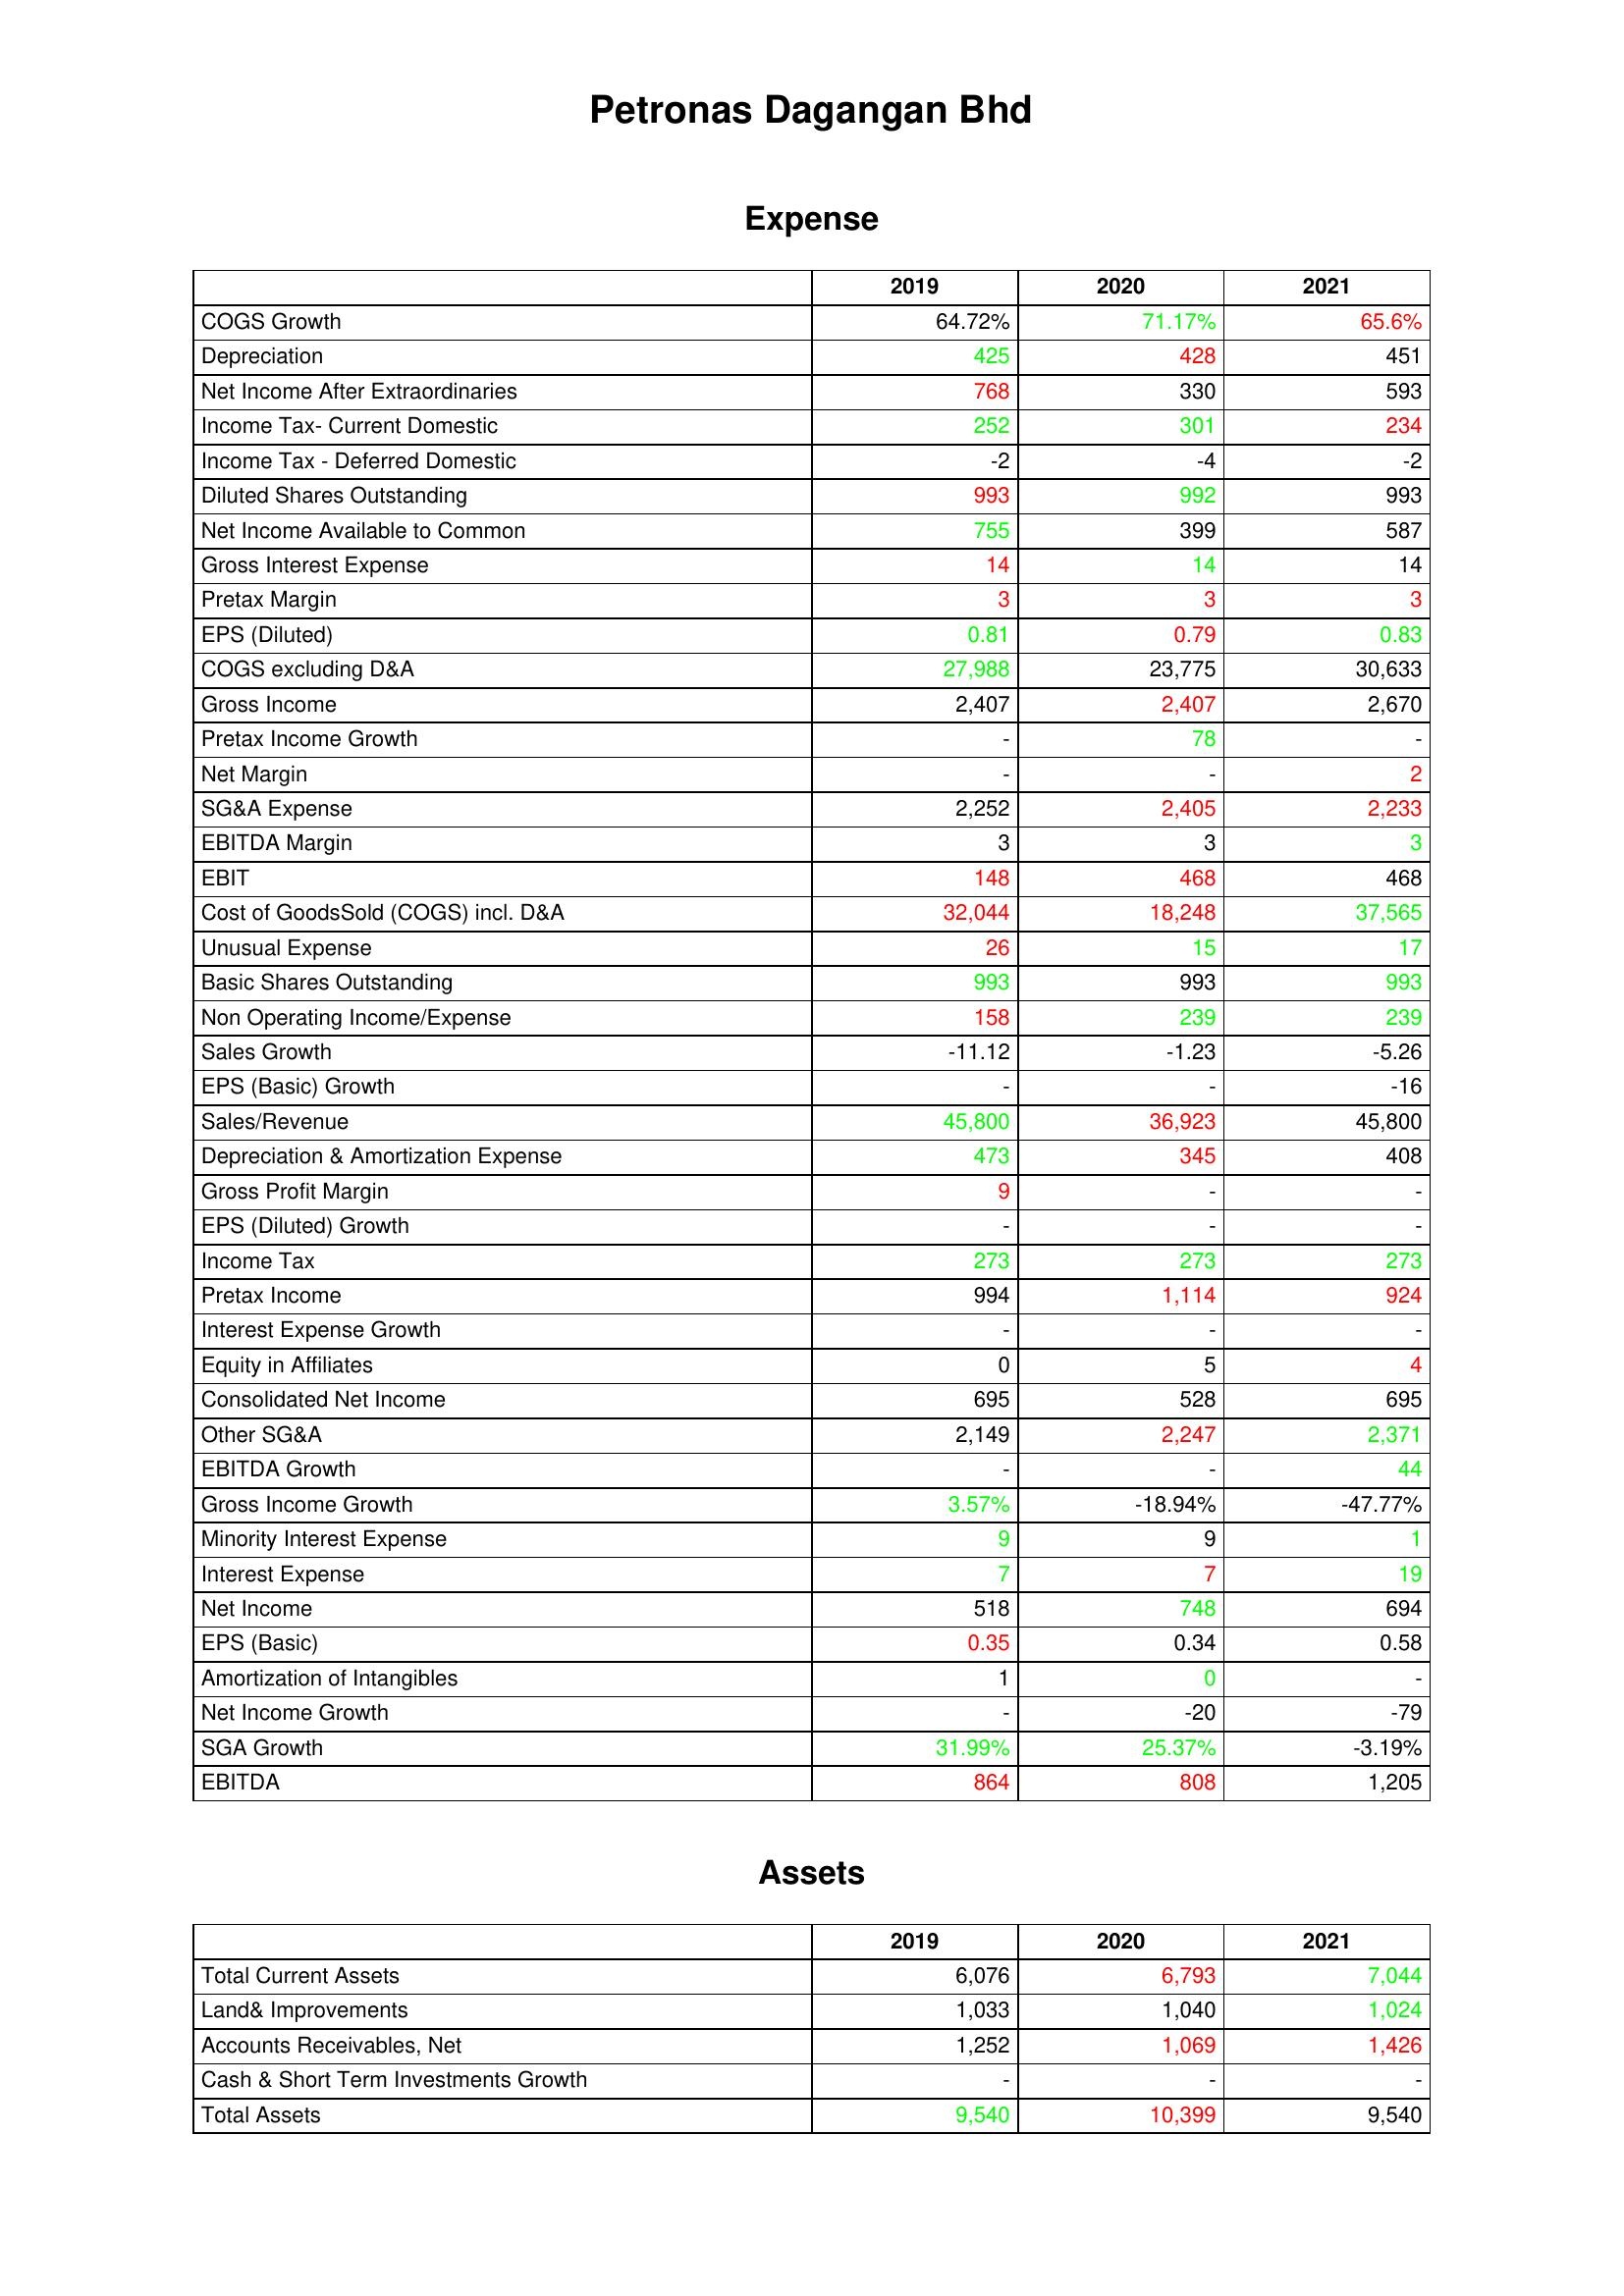
gt_parse: 2019: Expense: COGS Growth: 64.72%
Depreciation: 425
Net Income After Extraordinaries: 768
Income Tax- Current Domestic: 252
Income Tax - Deferred Domestic: -2
Diluted Shares Outstanding: 993
Net Income Available to Common: 755
Gross Interest Expense: 14
Pretax Margin: 3
EPS (Diluted): 0.81
COGS excluding D&A: 27,988
Gross Income: 2,407
Pretax Income Growth: -
Net Margin: -
SG&A Expense: 2,252
EBITDA Margin: 3
EBIT: 148
Cost of GoodsSold (COGS) incl. D&A: 32,044
Unusual Expense: 26
Basic Shares Outstanding: 993
Non Operating Income/Expense: 158
Sales Growth: -11.12
EPS (Basic) Growth: -
Sales/Revenue: 45,800
Depreciation & Amortization Expense: 473
Gross Profit Margin: 9
EPS (Diluted) Growth: -
Income Tax: 273
Pretax Income: 994
Interest Expense Growth: -
Equity in Affiliates: 0
Consolidated Net Income: 695
Other SG&A: 2,149
EBITDA Growth: -
Gross Income Growth: 3.57%
Minority Interest Expense: 9
Interest Expense: 7
Net Income: 518
EPS (Basic): 0.35
Amortization of Intangibles: 1
Net Income Growth: -
SGA Growth: 31.99%
EBITDA: 864
Assets: Total Current Assets: 6,076
Land& Improvements: 1,033
Accounts Receivables, Net: 1,252
Cash & Short Term Investments Growth: -
Total Assets: 9,540
2020: Expense: COGS Growth: 71.17%
Depreciation: 428
Net Income After Extraordinaries: 330
Income Tax- Current Domestic: 301
Income Tax - Deferred Domestic: -4
Diluted Shares Outstanding: 992
Net Income Available to Common: 399
Gross Interest Expense: 14
Pretax Margin: 3
EPS (Diluted): 0.79
COGS excluding D&A: 23,775
Gross Income: 2,407
Pretax Income Growth: 78
Net Margin: -
SG&A Expense: 2,405
EBITDA Margin: 3
EBIT: 468
Cost of GoodsSold (COGS) incl. D&A: 18,248
Unusual Expense: 15
Basic Shares Outstanding: 993
Non Operating Income/Expense: 239
Sales Growth: -1.23
EPS (Basic) Growth: -
Sales/Revenue: 36,923
Depreciation & Amortization Expense: 345
Gross Profit Margin: -
EPS (Diluted) Growth: -
Income Tax: 273
Pretax Income: 1,114
Interest Expense Growth: -
Equity in Affiliates: 5
Consolidated Net Income: 528
Other SG&A: 2,247
EBITDA Growth: -
Gross Income Growth: -18.94%
Minority Interest Expense: 9
Interest Expense: 7
Net Income: 748
EPS (Basic): 0.34
Amortization of Intangibles: 0
Net Income Growth: -20
SGA Growth: 25.37%
EBITDA: 808
Assets: Total Current Assets: 6,793
Land& Improvements: 1,040
Accounts Receivables, Net: 1,069
Cash & Short Term Investments Growth: -
Total Assets: 10,399
2021: Expense: COGS Growth: 65.6%
Depreciation: 451
Net Income After Extraordinaries: 593
Income Tax- Current Domestic: 234
Income Tax - Deferred Domestic: -2
Diluted Shares Outstanding: 993
Net Income Available to Common: 587
Gross Interest Expense: 14
Pretax Margin: 3
EPS (Diluted): 0.83
COGS excluding D&A: 30,633
Gross Income: 2,670
Pretax Income Growth: -
Net Margin: 2
SG&A Expense: 2,233
EBITDA Margin: 3
EBIT: 468
Cost of GoodsSold (COGS) incl. D&A: 37,565
Unusual Expense: 17
Basic Shares Outstanding: 993
Non Operating Income/Expense: 239
Sales Growth: -5.26
EPS (Basic) Growth: -16
Sales/Revenue: 45,800
Depreciation & Amortization Expense: 408
Gross Profit Margin: -
EPS (Diluted) Growth: -
Income Tax: 273
Pretax Income: 924
Interest Expense Growth: -
Equity in Affiliates: 4
Consolidated Net Income: 695
Other SG&A: 2,371
EBITDA Growth: 44
Gross Income Growth: -47.77%
Minority Interest Expense: 1
Interest Expense: 19
Net Income: 694
EPS (Basic): 0.58
Amortization of Intangibles: -
Net Income Growth: -79
SGA Growth: -3.19%
EBITDA: 1,205
Assets: Total Current Assets: 7,044
Land& Improvements: 1,024
Accounts Receivables, Net: 1,426
Cash & Short Term Investments Growth: -
Total Assets: 9,540